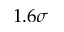
1 . 6 \sigma